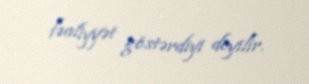
fəaliyyət göstərdiyi deyilir.